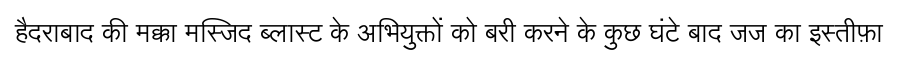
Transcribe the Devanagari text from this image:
हैदराबाद की मक्का मस्जिद ब्लास्ट के अभियुक्तों को बरी करने के कुछ घंटे बाद जज का इस्तीफ़ा